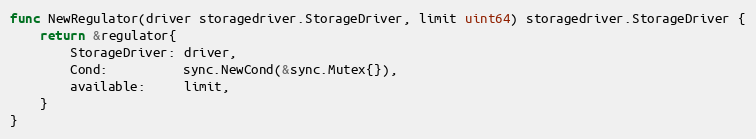
Language: Go
func NewRegulator(driver storagedriver.StorageDriver, limit uint64) storagedriver.StorageDriver {
	return &regulator{
		StorageDriver: driver,
		Cond:          sync.NewCond(&sync.Mutex{}),
		available:     limit,
	}
}